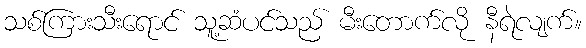
သစ်ကြားသီးရောင် သူ့ဆံပင်သည် မီးတောက်လို နီရဲလျက်။